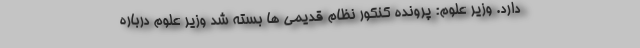
دارد. وزیر علوم: پرونده کنکور نظام قدیمی ها بسته شد وزیر علوم درباره